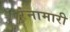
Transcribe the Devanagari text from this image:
रंनामारी